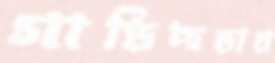
গাড়িছড়ায়